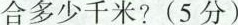
合多少千米?(5分)